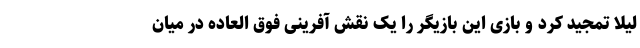
لیلا تمجید کرد و بازی این بازیگر را یک نقش آفرینی فوق العاده در میان